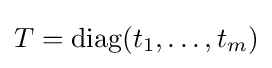
T=\mathrm {diag} (t_{1},\dots ,t_{m})